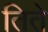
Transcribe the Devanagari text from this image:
तिते